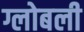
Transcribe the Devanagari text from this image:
ग्लोबली